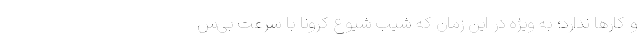
و کارها ندارد؛ به ویژه در این زمان که شیب شیوع کرونا با سرعت بی‌س